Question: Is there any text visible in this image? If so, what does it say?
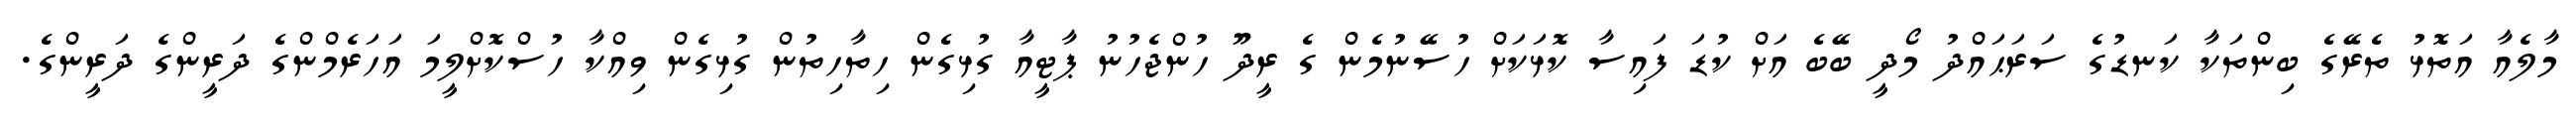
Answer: މާލެއާ އަތޮޅު ތެރޭގެ ބިންތަކާ ކަނޑުގެ ސަރަޙައްދު މޯދީ ބޭބެ އަށް ކުޑަ ފައިސާ ކޮޅަކަށް ހުސޭނުމެން ގެ ރީދޫ ހުންޖެހުނު ޕާޓީއާ ގުޅިގެން ހިތާހިތުން ގުޅިގެން ވިއްކާ ހުސްކޮށްލީމަ އަހަރެމްންގެ ދަރީންގެ ދަރީންގެ.